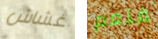
غشاش فنعم